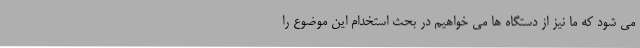
می شود که ما نیز از دستگاه ها می خواهیم در بحث استخدام این موضوع را